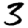
Digit: 3